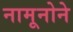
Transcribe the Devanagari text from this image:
नामूनोने